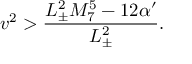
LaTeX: v ^ { 2 } > \frac { L _ { \pm } ^ { 2 } M _ { 7 } ^ { 5 } - 1 2 \alpha ^ { \prime } } { L _ { \pm } ^ { 2 } } .